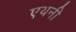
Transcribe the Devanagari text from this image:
एथनी